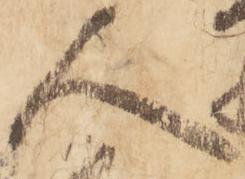
人